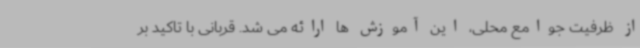
از ظرفیت جوامع محلی، این آموزش ها ارائه می شد. قربانی با تاکید بر